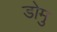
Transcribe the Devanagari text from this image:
डोमु